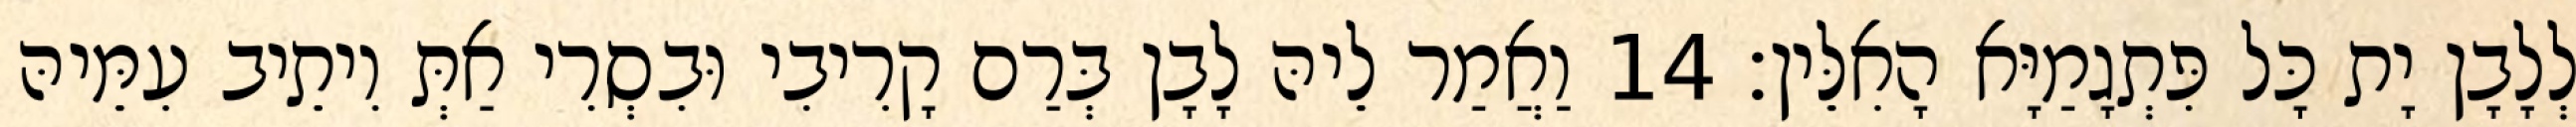
לְלָבָן יָת כָּל פִּתְגָמַיָּא הָאִלֵּין׃ 14 וַאֲמַר לֵיהּ לָבָן בְּרַם קָרִיבִי וּבִסְרִי אַתְּ וִיתֵיב עִמֵּיהּ